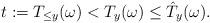
LaTeX: \begin{align*}t:=T_{\leq y}(\omega)<T_y(\omega)\leq \hat{T}_y(\omega). \end{align*}